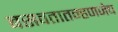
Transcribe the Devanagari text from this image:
बसवतातम्हणजेच